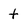
Character: t